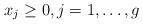
LaTeX: \begin{align*}x_j \geq 0, j = 1, \ldots , g\end{align*}